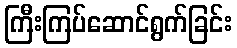
ကြီးကြပ်ဆောင်ရွက်ခြင်း